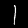
Digit: 1